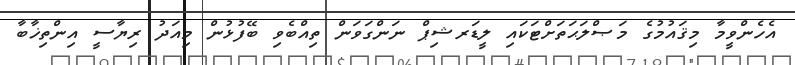
އެހެންވީމާ މިޤައުމުގެ މަޞްލަޙަތަށްޓަކައި ލީޑަރޝިޕް ނަންގަވަން ތިއްބެވި ބޭފުޅުން މިއަދު ރިޔާސީ އިންތިޚާބާ